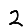
Digit: 2